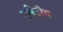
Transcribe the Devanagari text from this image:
एसैटीग